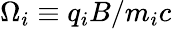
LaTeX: \Omega_{i}\equiv q_{i}B/m_{i}c